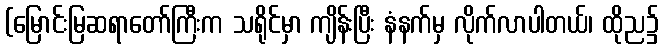
(မြောင်းမြဆရာတော်ကြီးက သရိုင်မှာ ကျိန်းပြီး နံနက်မှ လိုက်လာပါတယ်၊ ထိုည၌